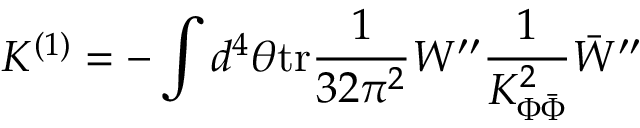
K ^ { ( 1 ) } = - \int d ^ { 4 } \theta \mathrm { t r } \frac { 1 } { 3 2 \pi ^ { 2 } } W ^ { \prime \prime } \frac { 1 } { K _ { \Phi \bar { \Phi } } ^ { 2 } } \bar { W } ^ { \prime \prime }